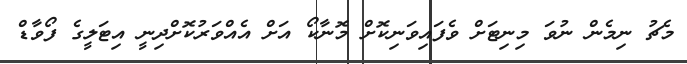
މެޗު ނިމެން ނުވަ މިނިޓަށް ވެފައިވަނިކޮށް މޮނާކޯ އަށް އެއްވަރުކޮށްދިނީ އިޓަލީގެ ފޯވާޑް